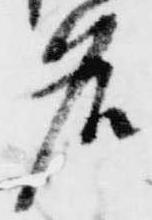
名